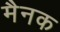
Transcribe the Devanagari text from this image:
मैनक